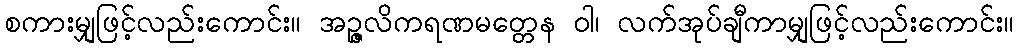
စကားမျှဖြင့်လည်းကောင်း။ အဉ္ဇလိကရဏမတ္တေန ဝါ၊ လက်အုပ်ချီကာမျှဖြင့်လည်းကောင်း။